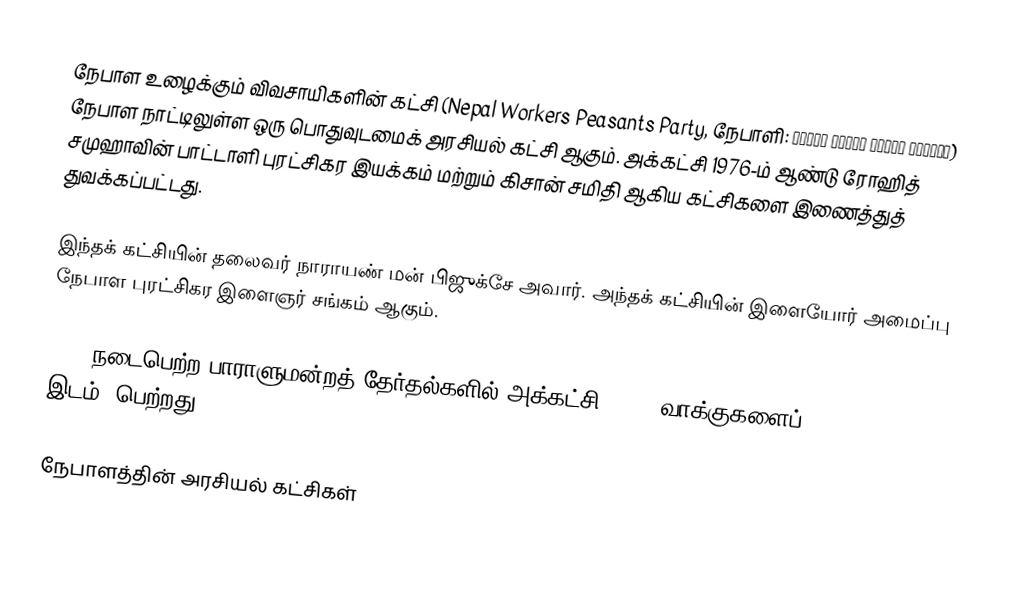
நேபாள உழைக்கும் விவசாயிகளின் கட்சி (Nepal Workers Peasants Party, நேபாளி: नेपाल मजदुर किसान पार्ती) நேபாள நாட்டிலுள்ள ஒரு பொதுவுடமைக் அரசியல் கட்சி ஆகும். அக்கட்சி 1976-ம் ஆண்டு ரோஹித் சமுஹாவின் பாட்டாளி புரட்சிகர இயக்கம் மற்றும் கிசான் சமிதி ஆகிய கட்சிகளை இணைத்துத் துவக்கப்பட்டது.

இந்தக் கட்சியின் தலைவர் நாராயண் மன் பிஜுக்சே அவார். அந்தக் கட்சியின் இளையோர் அமைப்பு நேபாள புரட்சிகர இளைஞர் சங்கம் ஆகும்.

1999 நடைபெற்ற பாராளுமன்றத் தேர்தல்களில் அக்கட்சி 48685 வாக்குகளைப் (0.41%, 1 இடம்) பெற்றது.

நேபாளத்தின் அரசியல் கட்சிகள்